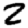
Digit: 2